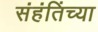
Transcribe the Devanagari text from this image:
संहंतिंच्या